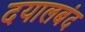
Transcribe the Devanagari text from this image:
दयालबंद